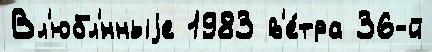
Вл'юбл'́нныjе 1983 в'е́тра 36-й